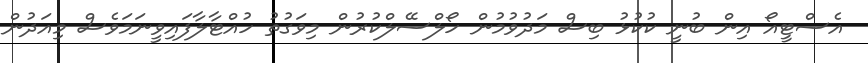
އެސްޓީއޯ އިން ބުނީ ކުކުޅު ބިސް މަދުވުމުން ހޯލްސޭލްކުރުން މިވަގުތު ހުއްޓާލާފައިވީނަމަވެސް މިއަދުން